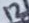
Text: 12